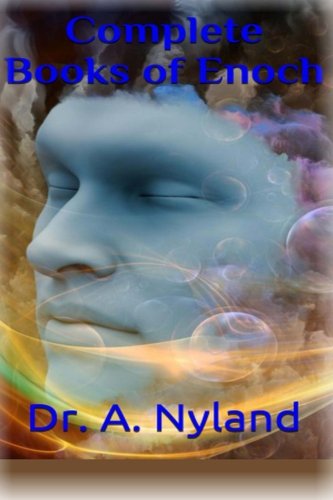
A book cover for Complete Books of Enoch: 1 Enoch (First Book of Enoch), 2 Enoch (Secrets of Enoch), 3 Enoch (Hebrew Book of Enoch); A. Nyland; Religion & Spirituality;